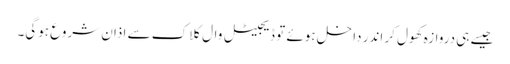
جیسے ہی دروازہ کھول کر اندر داخل ہوئے تو ڈیجیٹل وال کلاک سے اذان شروع ہوگی۔